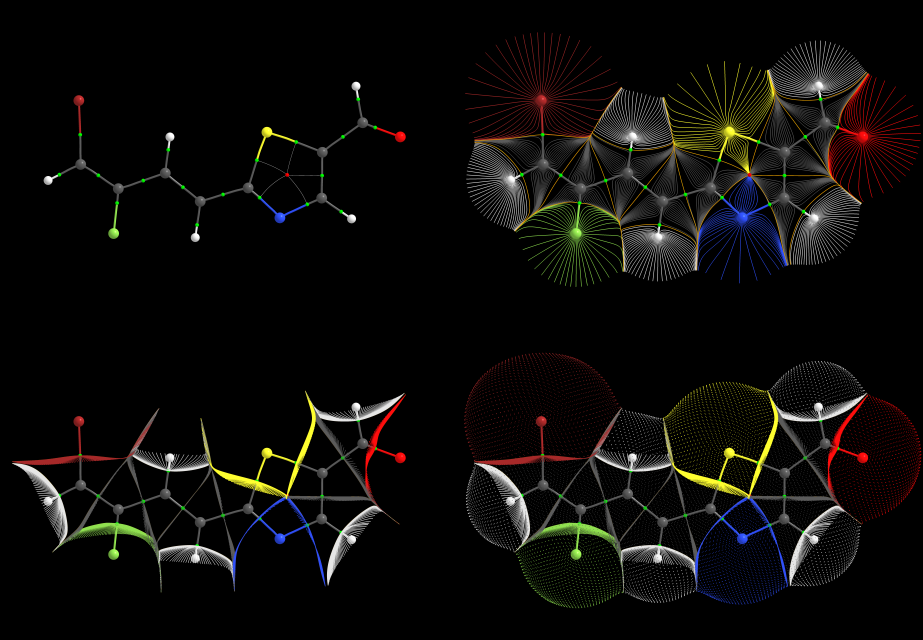
aimaii, QTAIM